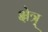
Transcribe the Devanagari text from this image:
क्षेत्र्‍